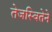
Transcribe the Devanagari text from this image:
तेजस्वितेने